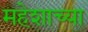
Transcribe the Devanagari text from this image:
महेशाच्या